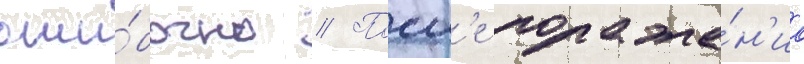
оши́бочно // Посл'е пораже́н'иа